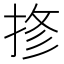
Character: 𱟾